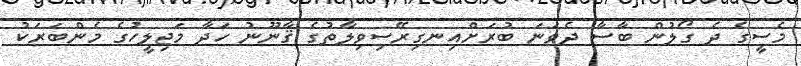
މެސީގެ ދެ ގޯލުން ބާސާ ދެވަނަ ބުރަށްއިނގިރޭސިވިލާތުގެ ޤާނޫނު ހަދާ މަޖިލީހުގެ މެންބަރަކު